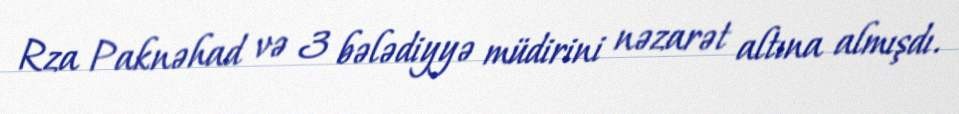
Rza Paknəhad və 3 bələdiyyə müdirini nəzarət altına almışdı.